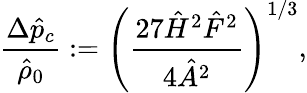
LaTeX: \frac{\Delta\hat{p}_{c}}{\hat{\rho}_{0}}:=\left(\frac{27\hat{H}^{2}\hat{F}^{2}}{4\hat{A}^{2}}\right)^{1/3},